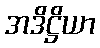
အဒိဋ္ဌိယာ